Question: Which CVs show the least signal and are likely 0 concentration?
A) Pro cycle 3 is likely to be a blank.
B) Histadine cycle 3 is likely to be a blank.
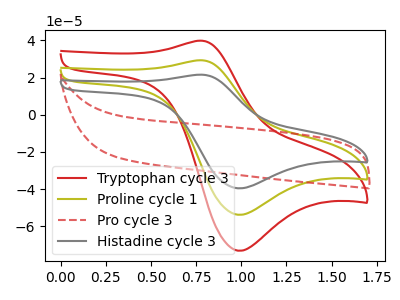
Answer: <think>The red curve "Tryptophan cycle 3" has an anodic peak at (0.80V, 58.55uA) and a cathodic peak at (1.00V, -107.55uA). The olive curve "Proline cycle 1" has an anodic peak at (0.80V, 29.25uA) and a cathodic peak at (1.00V, -53.75uA). The red dashed curve "Pro cycle 3" has no peaks. The gray curve "Histadine cycle 3" has an anodic peak at (0.80V, 21.55uA) and a cathodic peak at (1.00V, -39.55uA).</think>
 <answer>A) "Pro cycle 3" is likely to be a blank.</answer>
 <eval>A</eval>